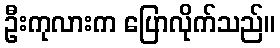
ဦးကုလားက ပြောလိုက်သည်။